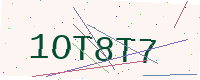
Text: 1OT8T7